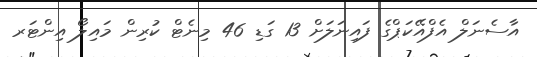
އާސެނަލް އެފްއޭކަޕްގެ ފައިނަލަށް 13 ގަޑި 46 މިނެޓް ކުރިން މައިލޯ އިންޓަރ